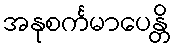
အနုစင်္ကမာပေန္တိ